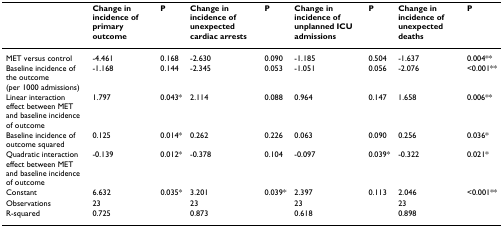
<table><thead><tr><td></td><td><b>Change in incidence of primary outcome</b></td><td><b>P</b></td><td><b>Change in incidence of unexpected cardiac arrests</b></td><td><b>P</b></td><td><b>Change in incidence of unplanned ICU admissions</b></td><td><b>P</b></td><td><b>Change in incidence of unexpected deaths</b></td><td><b>P</b></td></tr></thead><tbody><tr><td>MET versus control</td><td>-4.461</td><td>0.168</td><td>-2.630</td><td>0.090</td><td>-1.185</td><td>0.504</td><td>-1.637</td><td>0.004**</td></tr><tr><td>Baseline incidence of the outcome (per 1000 admissions)</td><td>-1.168</td><td>0.144</td><td>-2.345</td><td>0.053</td><td>-1.051</td><td>0.056</td><td>-2.076</td><td>&lt;0.001**</td></tr><tr><td>Linear interaction effect between MET and baseline incidence of outcome</td><td>1.797</td><td>0.043*</td><td>2.114</td><td>0.088</td><td>0.964</td><td>0.147</td><td>1.658</td><td>0.006**</td></tr><tr><td>Baseline incidence of outcome squared</td><td>0.125</td><td>0.014*</td><td>0.262</td><td>0.226</td><td>0.063</td><td>0.090</td><td>0.256</td><td>0.036*</td></tr><tr><td>Quadratic interaction effect between MET and baseline incidence of outcome</td><td>-0.139</td><td>0.012*</td><td>-0.378</td><td>0.104</td><td>-0.097</td><td>0.039*</td><td>-0.322</td><td>0.021*</td></tr><tr><td>Constant</td><td>6.632</td><td>0.035*</td><td>3.201</td><td>0.039*</td><td>2.397</td><td>0.113</td><td>2.046</td><td>&lt;0.001**</td></tr><tr><td>Observations</td><td>23</td><td></td><td>23</td><td></td><td>23</td><td></td><td>23</td><td></td></tr><tr><td>R-squared</td><td>0.725</td><td></td><td>0.873</td><td></td><td>0.618</td><td></td><td>0.898</td><td></td></tr></tbody></table>